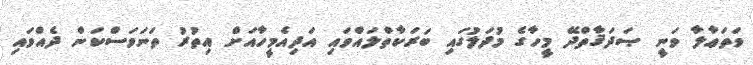
ވަތަޢާލާ ވަނީ ޞަދަޤާތްދޭ މީހާގެ މުދަލުގައި ބަރަކާތްލައްވައި އަދިއެމީހާއަށް އިތުރު ތަނަވަސްކަން ދެއްވައި